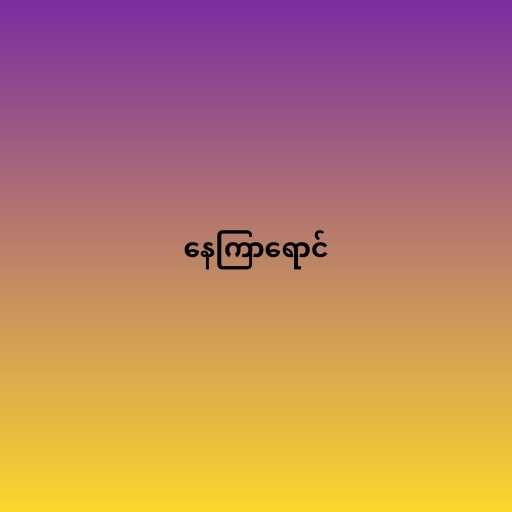
နေကြာရောင်